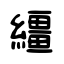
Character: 繮